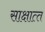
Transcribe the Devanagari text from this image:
साक्षात्‍त